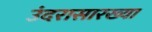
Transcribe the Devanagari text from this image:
उंदरासारख्या